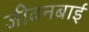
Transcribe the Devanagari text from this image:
जीवनबाई